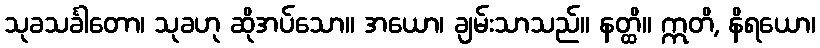
သုခသင်္ခါတော၊ သုခဟု ဆိုအပ်သော။ အယော၊ ချမ်းသာသည်။ နတ္ထိ။ ဣတိ, နိရယော၊